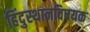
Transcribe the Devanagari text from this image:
हिंदुस्थानविषयक